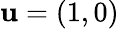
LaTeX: \textbf{u}=(1,0)